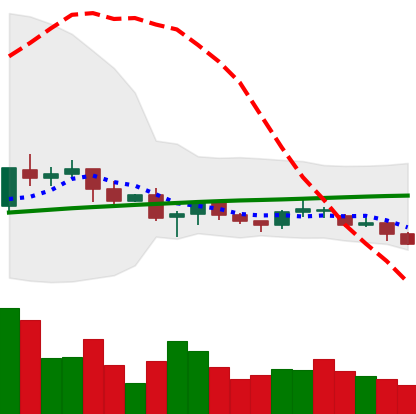
Ticker: XRP-USD
Chart end date: 2021-06-19
Forward return: -11.773%
Label: down_7plus